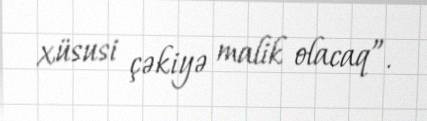
xüsusi çəkiyə malik olacaq”.